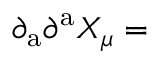
\partial _ { \mathrm { a } } \partial ^ { \mathrm { a } } X _ { \mu } =